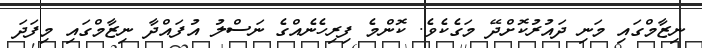
ނިޒާމްގައި މަނި ދައުރުކޮށްދޭ މަގެކެވެ. ކޮންމެ ފިރިހެނެއްގެ ނަސްލު އުފައްދާ ނިޒާމްގައި މިފަދަ